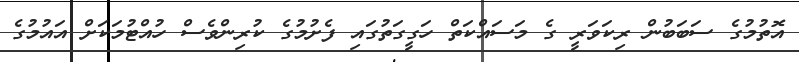
އޮތުމުގެ ސަބަބުން ރިކަވަރީ ގެ މަސައްކަތް ހަގީގަތުގައި ފެށުމުގެ ކުރިންވެސް ހުއްޓުމަކަށް އައުމުގެ